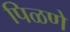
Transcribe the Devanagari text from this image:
पिळणे